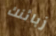
زبائنك